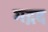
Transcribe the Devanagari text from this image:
गद्गद